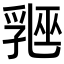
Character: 𬋲